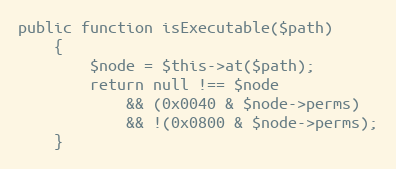
Language: PHP
public function isExecutable($path)
    {
        $node = $this->at($path);
        return null !== $node
            && (0x0040 & $node->perms)
            && !(0x0800 & $node->perms);
    }